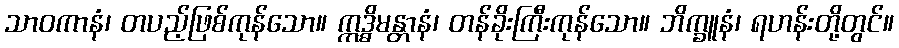
သာဝကာနံ၊ တပည့်ဖြစ်ကုန်သော။ ဣဒ္ဓိမန္တာနံ၊ တန်ခိုးကြီးကုန်သော။ ဘိက္ခူနံ၊ ရဟန်းတို့တွင်။